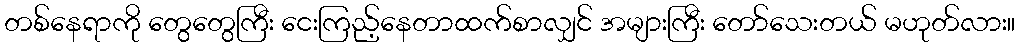
တစ်နေရာကို တွေတွေကြီး ငေးကြည့်နေတာထက်စာလျှင် အများကြီး တော်သေးတယ် မဟုတ်လား။